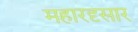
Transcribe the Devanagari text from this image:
महारदृसार